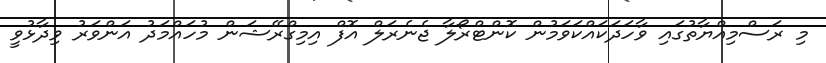
މި ރަސްމިއްޔާތުގައި ވާހަދަކައްކަވަމުން ކޮންޓްރޯލާ ޖެނެރަލް އޮފް އިމިގްރޭޝަން މުހައްމަދު އަންވަރު ވިދާޅުވީ